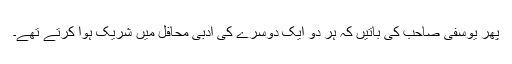
پھر یوسفی صاحب کی باتیں کہ ہر دو ایک دوسرے کی ادبی محافل میں شریک ہوا کرتے تھے۔